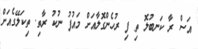
އަސް ރާ ކަނބުލޮ ތި ފި ރުހެންގޮލާއަށް މައުފު ނުކު ރާތި. ތިކަލޭގެއަށް